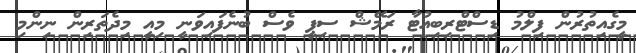
މީގެއިތުރުން ފިލްމު ޑިސްޓްރިބިއުޓާ ރަމޭޝް ސިޕީ ވެސް ބުނެފައިވަނީ މިއީ މިދެތަރިން ނިންމި